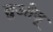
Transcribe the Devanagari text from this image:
तुओजू